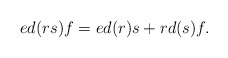
\begin{align*} ed(rs)f=ed(r)s+rd(s)f. \end{align*}